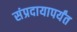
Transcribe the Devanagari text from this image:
संप्रदायापर्यंत